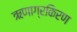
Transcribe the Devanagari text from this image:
ऋणाग्रकिरण